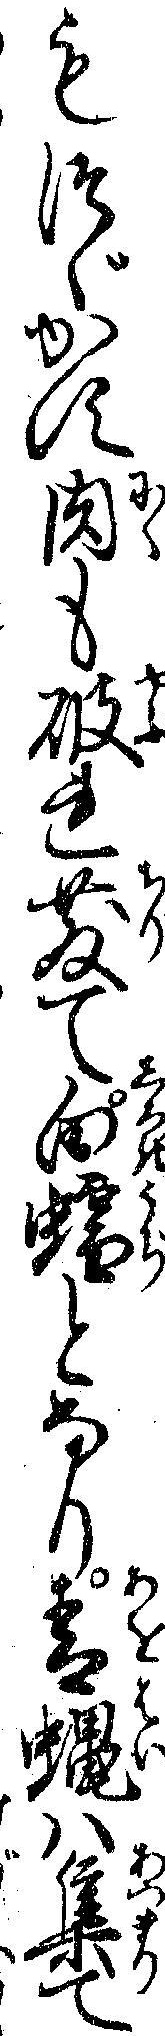
もつゞかす肉も破れ散て白蠕となり青蝿ハ集て